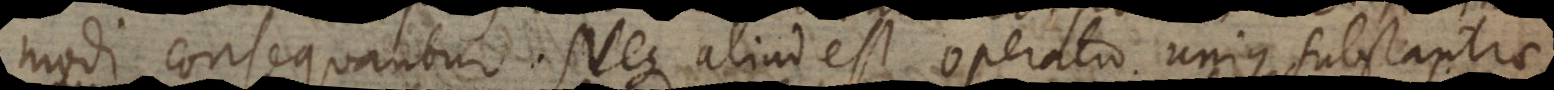
modi consequantur. Neque aliud est operatio unius substantiae